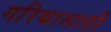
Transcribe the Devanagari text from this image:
गरिबासाठी